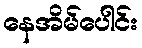
နေအိမ်ပေါင်း